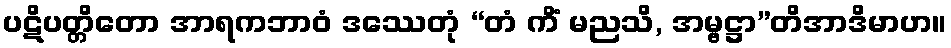
ပဋိပတ္တိတော အာရကဘာဝံ ဒဿေတုံ “တံ ကိံ မညသိ, အမ္ဗဋ္ဌာ”တိအာဒိမာဟ။